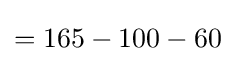
=165-100-60